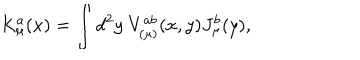
K _ { \mu } ^ { a } ( x ) = \int d ^ { 2 } y ~ V _ { ( \mu ) } ^ { a b } ( x , y ) J _ { \mu } ^ { b } ( y ) ,